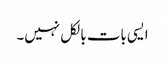
ایسی بات بالکل نہیں۔